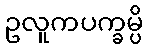
ဥလူကပက္ခမ္ပိ